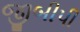
જીબીપી